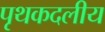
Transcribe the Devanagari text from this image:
पृथकदलीय